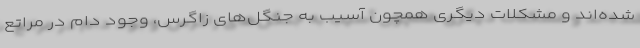
شده‌اند و مشکلات دیگری همچون آسیب به جنگل‌های زاگرس، وجود دام در مراتع